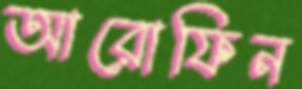
আরোফিন